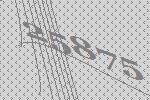
25875